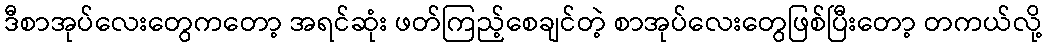
ဒီစာအုပ်လေးတွေကတော့ အရင်ဆုံး ဖတ်ကြည့်စေချင်တဲ့ စာအုပ်လေးတွေဖြစ်ပြီးတော့ တကယ်လို့